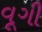
વૂગી